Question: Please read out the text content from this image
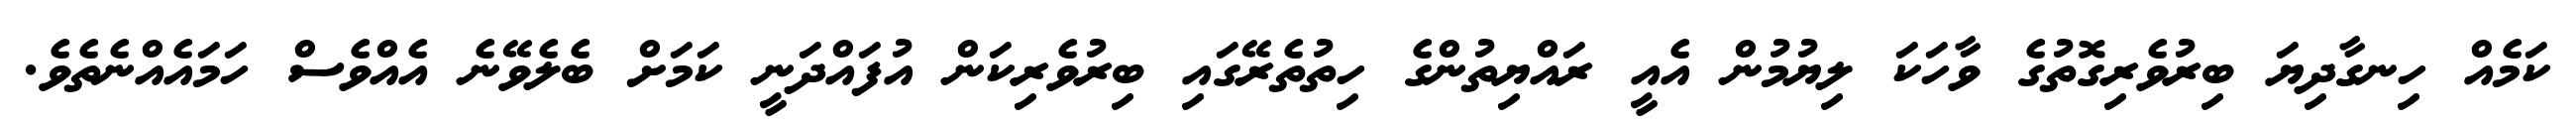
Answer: ކަމެއް ހިނގާދިޔަ ބިރުވެރިގޮތުގެ ވާހަކަ ލިޔުމުން އެއީ ރައްޔިތުންގެ ހިތުތެރޭގައި ބިރުވެރިކަން އުފައްދަނީ ކަމަށް ބެލެވޭނެ އެއްވެސް ހަމައެއްނެތެވެ.